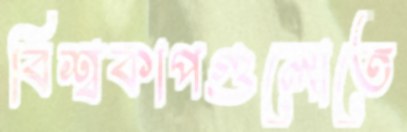
বিশ্বকাপগুলোতে